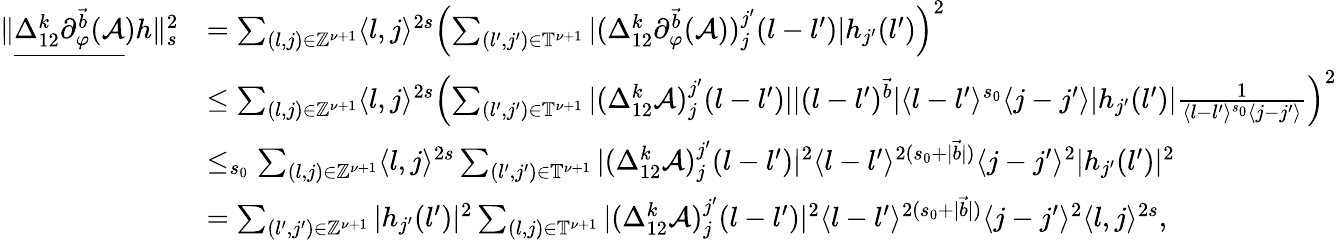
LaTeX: \begin{array}{rl}{\rVert\underline{{\Delta_{12}^{k}\partial_{\varphi}^{\vec{b}}(\mathcal{A}}})h\rVert_{s}^{2}}&{=\sum_{(l,j)\in\mathbb{Z}^{\nu+1}}\langle l,j\rangle^{2s}\left(\sum_{(l^{\prime},j^{\prime})\in\mathbb{T}^{\nu+1}}|(\Delta_{12}^{k}\partial_{\varphi}^{\vec{b}}(\mathcal{A}))_{j}^{j^{\prime}}(l-l^{\prime})|h_{j^{\prime}}(l^{\prime})\right)^{2}}\\ &{\le\sum_{(l,j)\in\mathbb{Z}^{\nu+1}}\langle l,j\rangle^{2s}\left(\sum_{(l^{\prime},j^{\prime})\in\mathbb{T}^{\nu+1}}|(\Delta_{12}^{k}\mathcal{A})_{j}^{j^{\prime}}(l-l^{\prime})||(l-l^{\prime})^{\vec{b}}|\langle l-l^{\prime}\rangle^{s_{0}}\langle j-j^{\prime}\rangle|h_{j^{\prime}}(l^{\prime})|\frac{1}{\langle l-l^{\prime}\rangle^{s_{0}}\langle j-j^{\prime}\rangle}\right)^{2}}\\ &{\le_{s_{0}}\sum_{(l,j)\in\mathbb{Z}^{\nu+1}}\langle l,j\rangle^{2s}\sum_{(l^{\prime},j^{\prime})\in\mathbb{T}^{\nu+1}}|(\Delta_{12}^{k}\mathcal{A})_{j}^{j^{\prime}}(l-l^{\prime})|^{2}\langle l-l^{\prime}\rangle^{2(s_{0}+|\vec{b}|)}\langle j-j^{\prime}\rangle^{2}|h_{j^{\prime}}(l^{\prime})|^{2}}\\ &{=\sum_{(l^{\prime},j^{\prime})\in\mathbb{Z}^{\nu+1}}|h_{j^{\prime}}(l^{\prime})|^{2}\sum_{(l,j)\in\mathbb{T}^{\nu+1}}|(\Delta_{12}^{k}\mathcal{A})_{j}^{j^{\prime}}(l-l^{\prime})|^{2}\langle l-l^{\prime}\rangle^{2(s_{0}+|\vec{b}|)}\langle j-j^{\prime}\rangle^{2}\langle l,j\rangle^{2s},}\end{array}